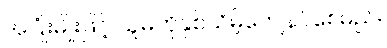
အပြုံးမျိုးဖြင့် သူမကိုနှစ်သိမ့်ကျေနပ်စေမည်။